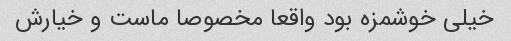
خیلی خوشمزه بود واقعا مخصوصا ماست و خیارش